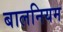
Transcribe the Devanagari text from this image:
बालनियम